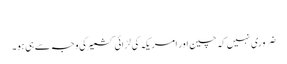
​
ضروری نہیں کہ چین اور امریکہ کی لڑائی کشمیر کی وجہ سے ہی ہو۔